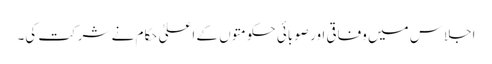
اجلاس میں وفاقی اور صوبائی حکومتوں کے اعلیٰ حکام نے شرکت کی۔